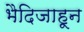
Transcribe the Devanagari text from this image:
भैदिजाहून